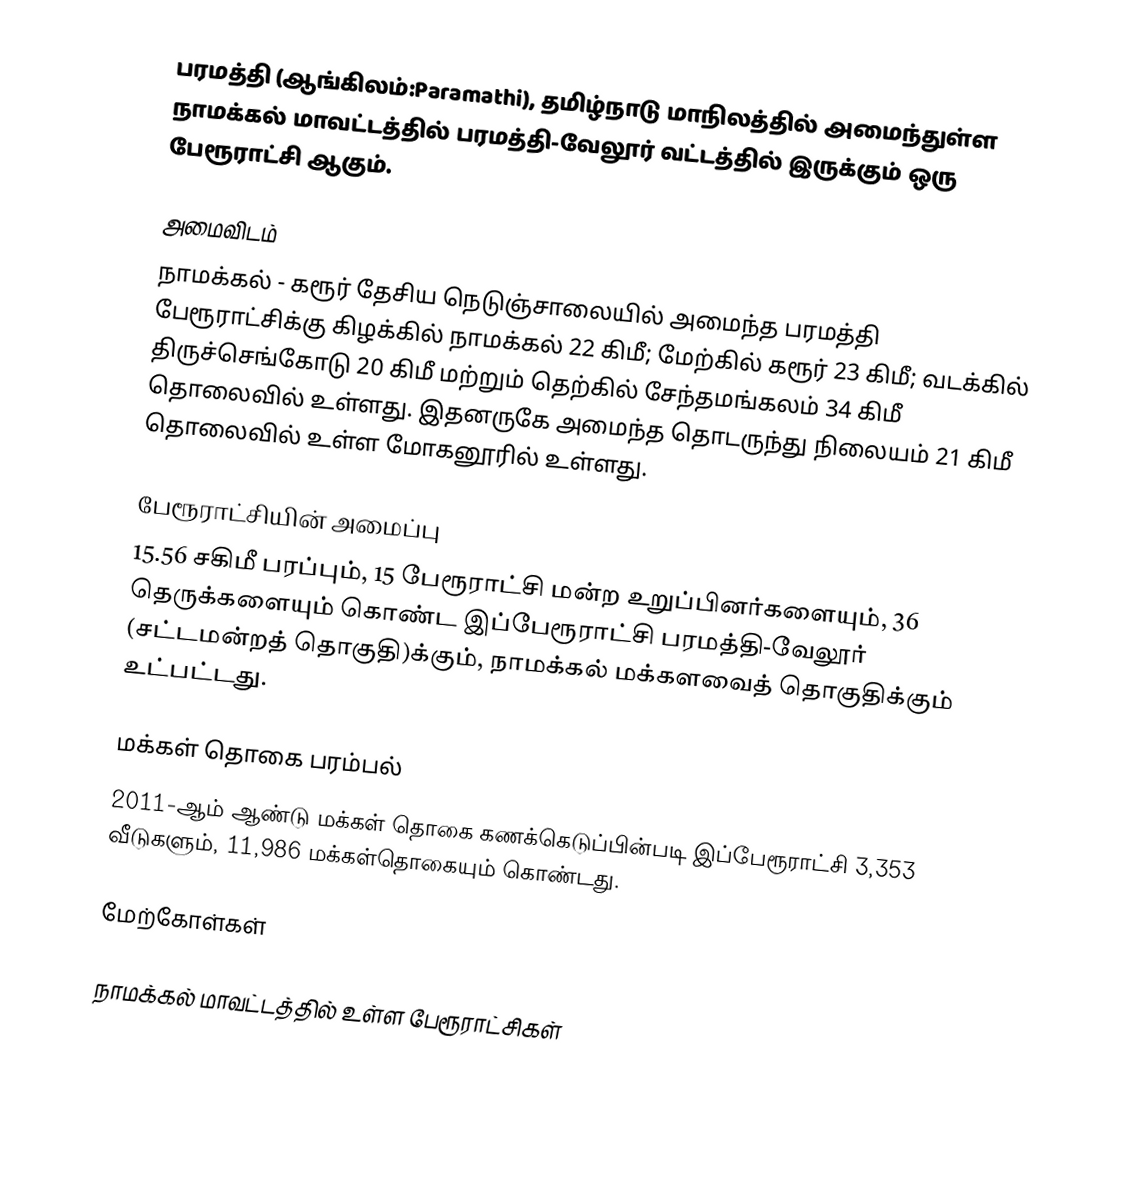
பரமத்தி (ஆங்கிலம்:Paramathi), தமிழ்நாடு மாநிலத்தில் அமைந்துள்ள நாமக்கல் மாவட்டத்தில் பரமத்தி-வேலூர் வட்டத்தில் இருக்கும் ஒரு பேரூராட்சி ஆகும்.

அமைவிடம்
நாமக்கல் - கரூர் தேசிய நெடுஞ்சாலையில் அமைந்த பரமத்தி பேரூராட்சிக்கு கிழக்கில் நாமக்கல் 22 கிமீ; மேற்கில் கரூர் 23 கிமீ; வடக்கில் திருச்செங்கோடு 20 கிமீ மற்றும் தெற்கில் சேந்தமங்கலம் 34 கிமீ தொலைவில் உள்ளது. இதனருகே அமைந்த தொடருந்து நிலையம் 21 கிமீ தொலைவில் உள்ள மோகனூரில் உள்ளது.

பேரூராட்சியின் அமைப்பு
15.56 சகிமீ பரப்பும்,  15  பேரூராட்சி மன்ற   உறுப்பினர்களையும், 36 தெருக்களையும் கொண்ட இப்பேரூராட்சி பரமத்தி-வேலூர்   (சட்டமன்றத் தொகுதி)க்கும், நாமக்கல் மக்களவைத் தொகுதிக்கும் உட்பட்டது.

மக்கள் தொகை பரம்பல்
2011-ஆம் ஆண்டு மக்கள் தொகை கணக்கெடுப்பின்படி  இப்பேரூராட்சி     3,353  வீடுகளும்,  11,986 மக்கள்தொகையும் கொண்டது.

மேற்கோள்கள்

நாமக்கல் மாவட்டத்தில் உள்ள பேரூராட்சிகள்